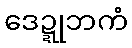
ဒေဍ္ဍုဘကံ